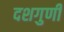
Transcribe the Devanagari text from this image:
दशगुणी